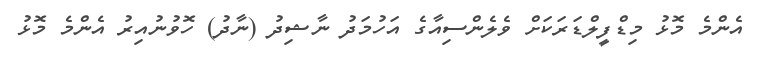
އެންމެ މޮޅު މިޑްފީލްޑަރަކަށް ވެލެންސިއާގެ އަހުމަދު ނާޝިދު (ނާދު) ހޮވުނުއިރު އެންމެ މޮޅު